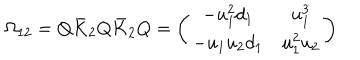
LaTeX: \Omega _ { 1 2 } = Q \bar { K } _ { 2 } Q \bar { K } _ { 2 } Q = \left( \begin{array} { c c } { { - u _ { 1 } ^ { 2 } d _ { 1 } } } & { { u _ { 1 } ^ { 3 } } } \\ { { - u _ { 1 } u _ { 2 } d _ { 1 } } } & { { u _ { 1 } ^ { 2 } u _ { 2 } } } \\ \end{array} \right)